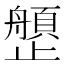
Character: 𰙺